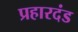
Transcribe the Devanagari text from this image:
प्रहारदंड